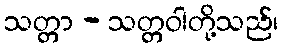
သတ္တာ - သတ္တဝါတို့သည်၊